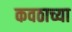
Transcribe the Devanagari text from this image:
कवठाच्या